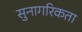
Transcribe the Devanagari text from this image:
सुनागरिकता